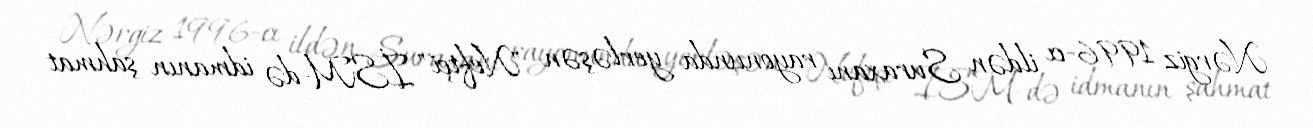
Nərgiz 1996-cı ildən Suraxanı rayonunda yerləşən "Neftçi" İSM-də idmanın şahmat